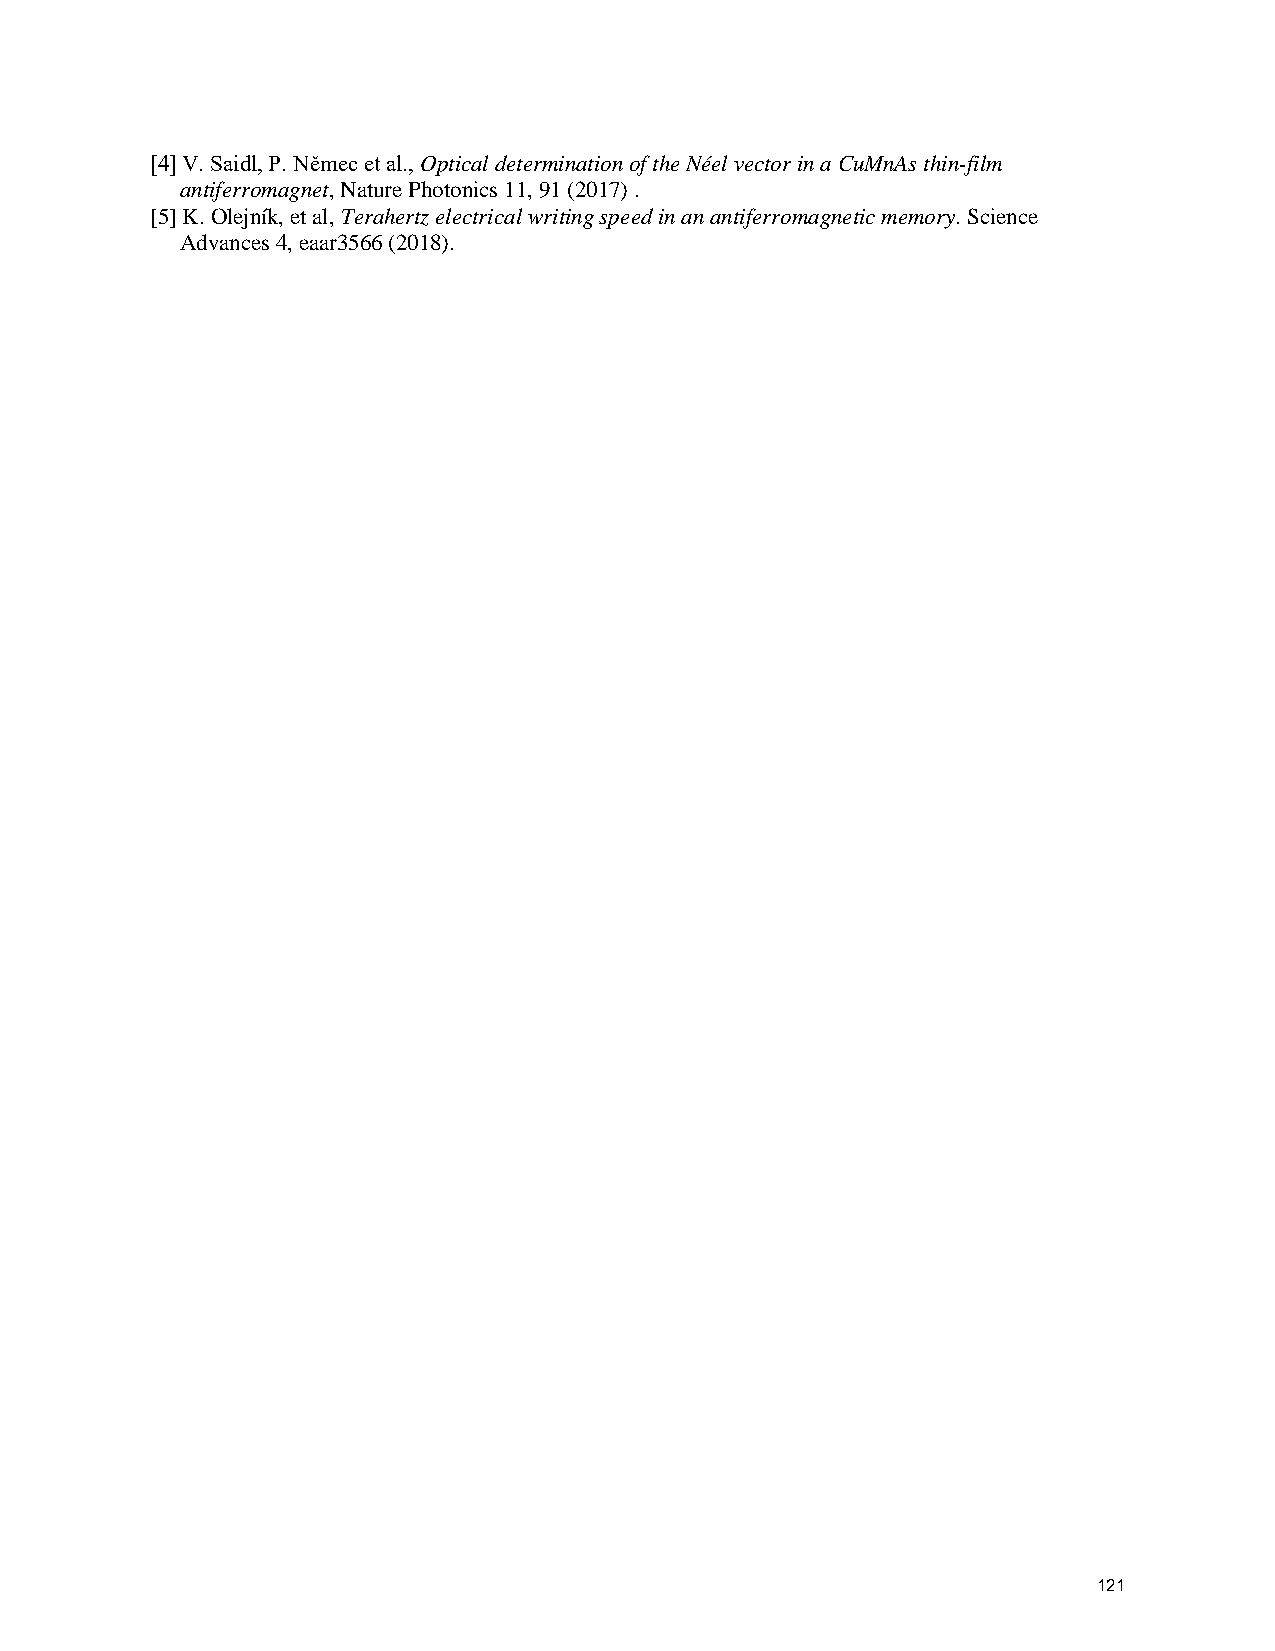
[4] V. Saidl, P. Němec et al., Optical determination of the Néel vector in a CuMnAs thin-film
 antiferromagnet, Nature Photonics 11, 91 (2017) .
 [5] K. Olejník, et al, Terahertz electrical writing speed in an antiferromagnetic memory. Science
 Advances 4, eaar3566 (2018).
 121